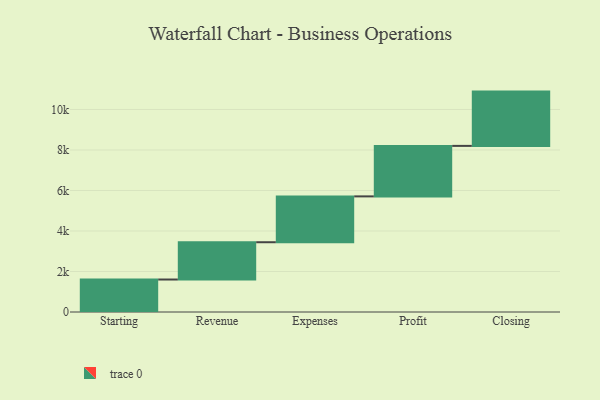
{"axis": {"x": "Step", "y": "Value"}, "legend": [""], "data": [{"x": "Starting", "y": 1604.0, "type": ""}, {"x": "Revenue", "y": 1841.0, "type": ""}, {"x": "Expenses", "y": 2264.0, "type": ""}, {"x": "Profit", "y": 2493.0, "type": ""}, {"x": "Closing", "y": 2681.0, "type": ""}]}